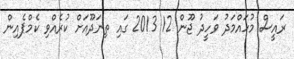
ރައީސް މުހައްމަދު ވަހީދު ޖޫން 12 2013 ގައި ތިނަދޫއަށް ކުރެއްވި ކެމްޕެއިން